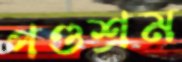
পণ্ডশ্রম